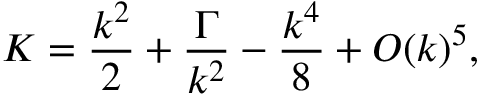
K = \frac { { { k ^ { 2 } } } } { 2 } + \frac { \Gamma } { { { k ^ { 2 } } } } - \frac { { { k ^ { 4 } } } } { 8 } + O { \left( k \right) ^ { 5 } } ,